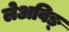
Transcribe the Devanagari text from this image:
लेअविङ्